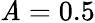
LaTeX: \mathit{A}=0.5